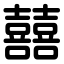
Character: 囍